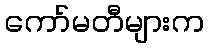
ကော်မတီများက